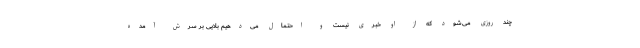
چند روزی می‌شود که از او خبری نیست و احتمال می‌دهیم بلایی بر سرش آمده